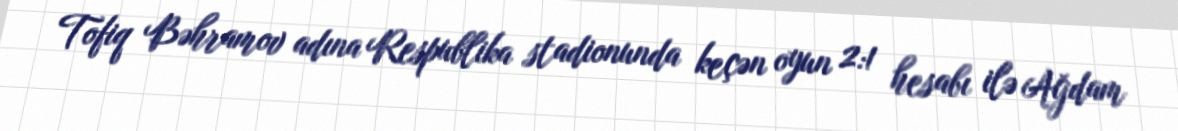
Tofiq Bəhramov adına Respublika stadionunda keçən oyun 2:1 hesabı ilə Ağdam